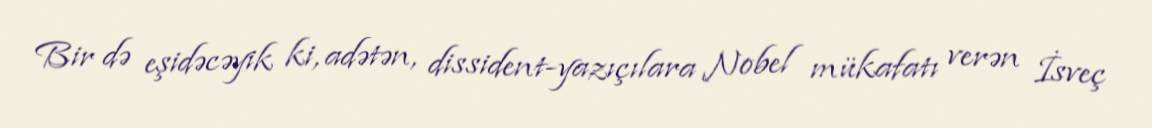
Bir də eşidəcəyik ki, adətən, dissident-yazıçılara Nobel mükafatı verən İsveç